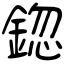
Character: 鍃